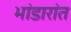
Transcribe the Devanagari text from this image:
भांडारांत